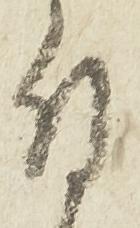
付